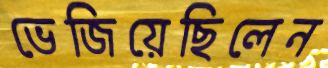
ভেজিয়েছিলেন